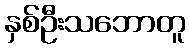
နှစ်ဦးသဘောတူ